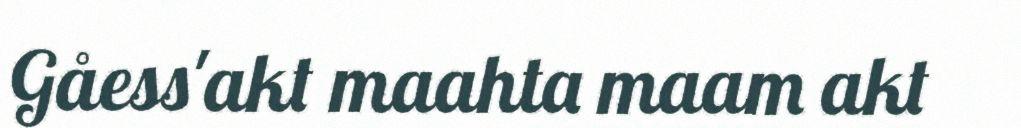
Gåess'akt maahta maam akt